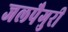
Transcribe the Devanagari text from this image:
जलपैगुरी